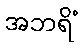
အဘရိံ